Report on enteric fever
Disease focus: Fever
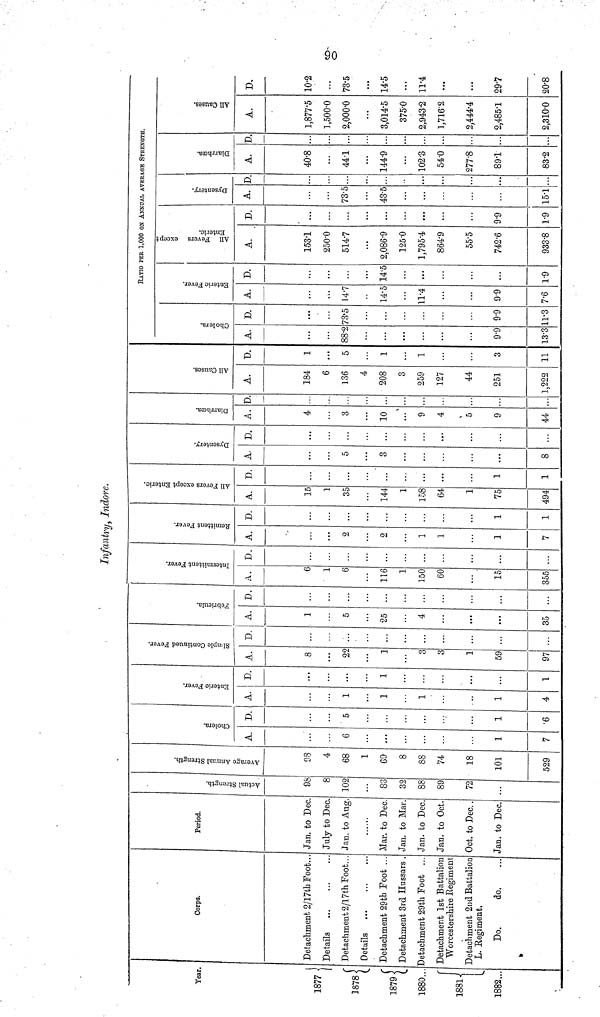
90
Infantry, Indore.
Year
1877
1878
1879
1880...
1881
1882...
Corps.
Detachment 2/17th Foot..
Details
Detachment 2/17th Foot...
Details
Detachment 29th Foot ...
Detachment 3rd Hussars .
Detachment 29th Foot ...
Detachment 1st Battalion
Worcestershire Regiment
Detachment 2nd Battalion
L. Regiment.
Do.
do.
Period.
Jan. to Dec.
July to Dec.
Jan. to Aug.
Mar. to Dec.
Jan. to Mar.
Jan. to Dec.
Jan. to Oct.
Oct. to Dec..
Jan. to Dec.
Actual Strength.
9
102
83
32
88
89
72
Average Annual Strength.
98
4
68
1
69
8
88
74
18
101
529
Cholera.
A.
6
...
1
7
D.
5
1
6
Enteric Fever.
A.
1
1
1
1
4
D.
...
1
...
...
1
Simple Continued Fever.
A.
8
22
1
3
3
1
59
97
D.
...
Febricula.
A.
1
5
25
4
...
35
D.
Intermittent Fever.
A.
6
116
1
150
60
15
355
D.
Remittent Fever.
A.
2
2
1
1
1
7
D.
1
1
All Fevers except Enteric.
A.
15
35
144
1
158
64
1
75
494
D.
...
...
1
1
Dysentery.
A.
5
3
...
8
D.
...
...
Diarrhœa.
A.
4
3
10
9
4
5
9
44
D.
All Causes.
A.
184
6
136
4
208
3
259
127
44
251
1,222
D.
1
5
1
1
3
11
RATIO PER 1,000 ON ANNUAL AVERAGE STRENGTH.
Cholera.
A.
88.2
9.9
13.3
D.
73.5
9.9
11.3
Enteric Fever.
A.
14.7
14.5
11.4
9.9
7.6
D.
14.5
...
...
1.9
All Fevers except
Enteric.
A.
153.1
250.0
514.7
2,086.9
125.0
1,795.4
864.9
55.5
742.6
933.8
D.
...
9.9
1.9
Dysentery.
A.
73.5
43.5
...
15.1
D.
...
...
Diarrhœa.
A.
40.8
44.1
144.9
102.3
54.0
277.8
891
83.2
D.
...
All Causes.
A.
1,877.5
1,500.0
2,000.0
3,014.5
375.0
2,943.2
1,7162
2,444.4
2,485.1
2,310.0
10.2
...
73.5
14.5
...
11.4
...
...
29.7
20.8